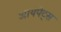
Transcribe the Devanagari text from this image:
आयपेट्स